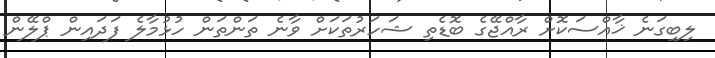
ލިބިގަނެ ޚާއްސަކޮށް ރާއްޖޭގެ ބޮޑެތި ޝަހަރުތަކަށް ވާނެ ތަންތަން ހުޅުމާލެ ފަދައިން ޕްލޭން